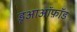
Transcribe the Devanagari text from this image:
डूआऑफ़ॉड